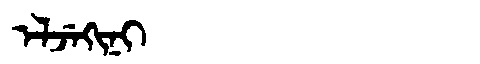
Manchu: ᡝᠯᠵᡝᡴᡳᠨᡳ
Romanization: ELJEKINI